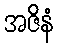
အဇိနံ